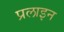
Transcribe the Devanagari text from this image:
प्रलाइन